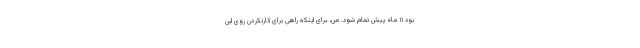
بود ۱۱ ماه پیش تمام شود. من، برای اینکه راهی برای کارنکردن روی این